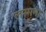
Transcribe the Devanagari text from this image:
लस्मना